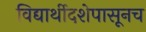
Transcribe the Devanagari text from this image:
विद्यार्थीदशेपासूनच